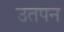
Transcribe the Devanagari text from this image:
उतपन